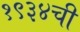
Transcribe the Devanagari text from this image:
१९३४ची